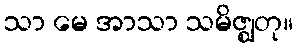
သာ မေ အာသာ သမိဇ္ဈတု။